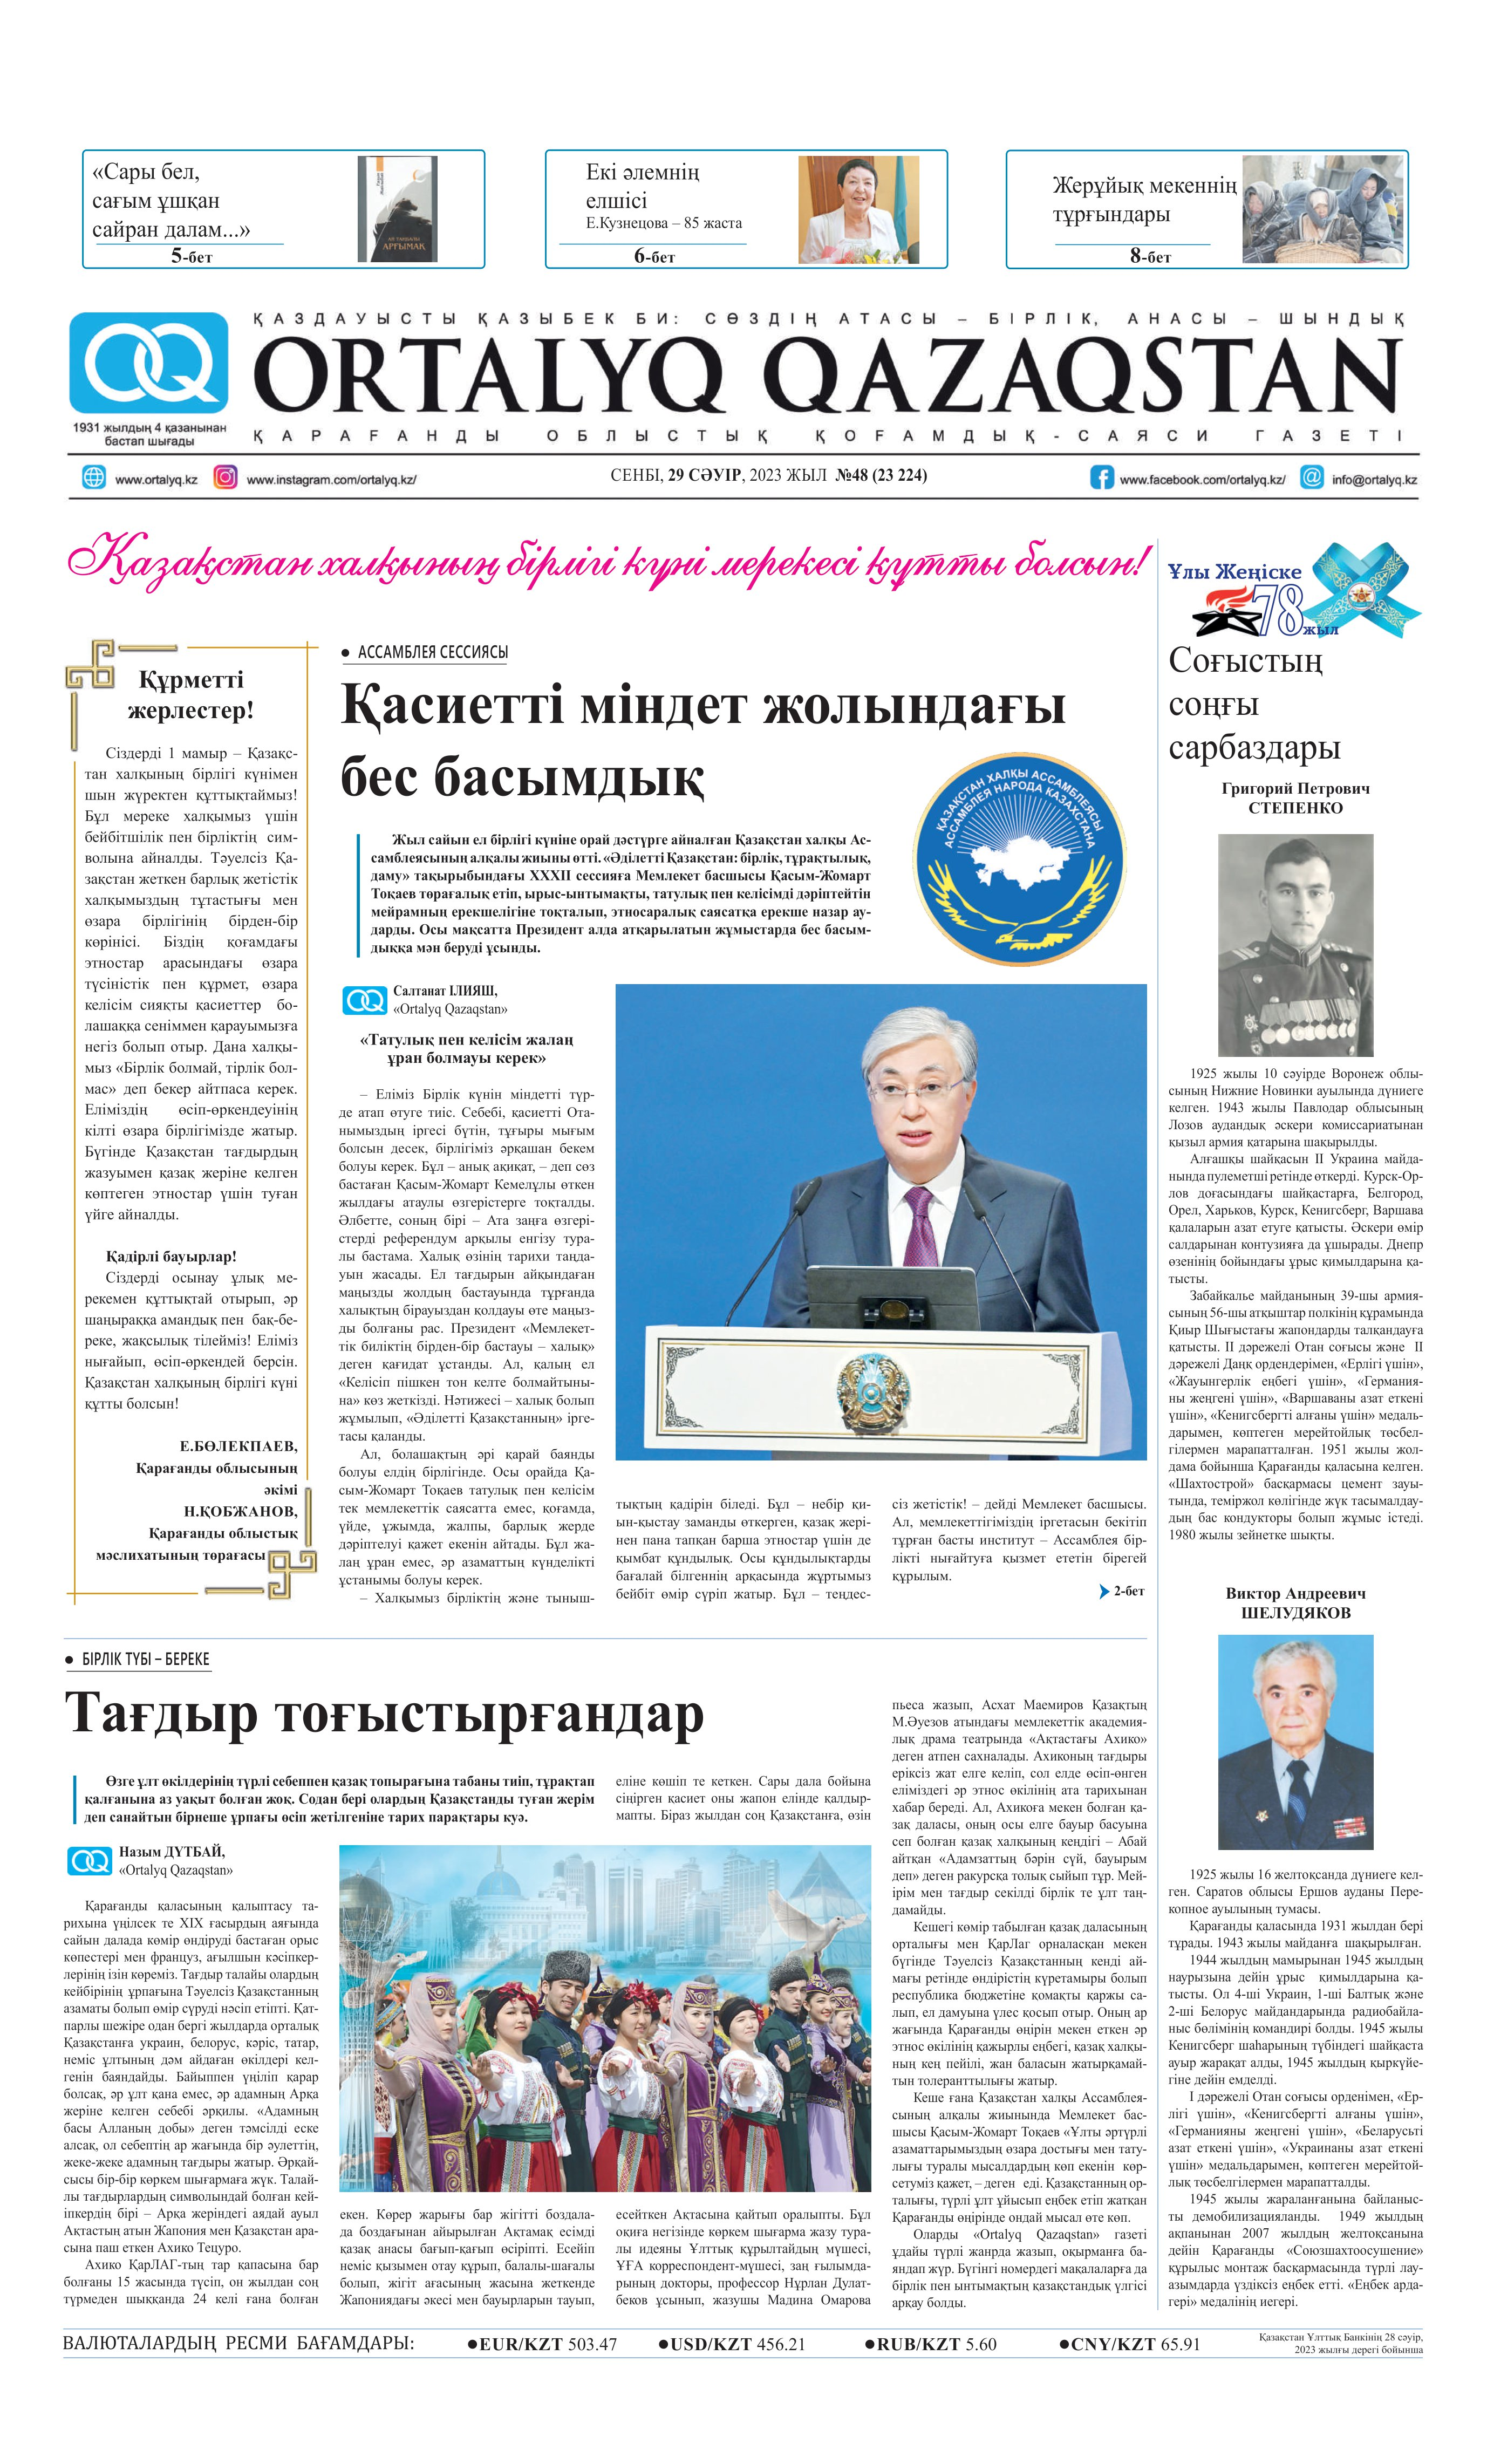
Language: kk